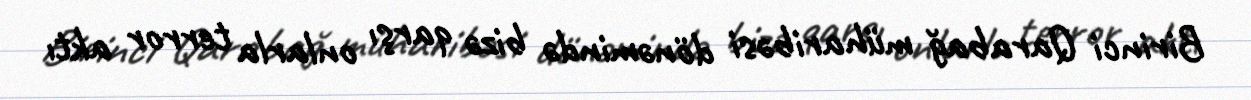
Birinci Qarabağ müharibəsi dönəmində bizə qarşı onlarla terror aktı